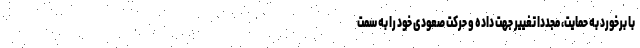
با برخورد به حمایت، مجدداً تغییر جهت داده و حرکت صعودی خود را به سمت